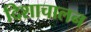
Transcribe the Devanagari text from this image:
दिशाचालन